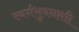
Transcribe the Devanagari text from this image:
स्वर्गभुवनासी